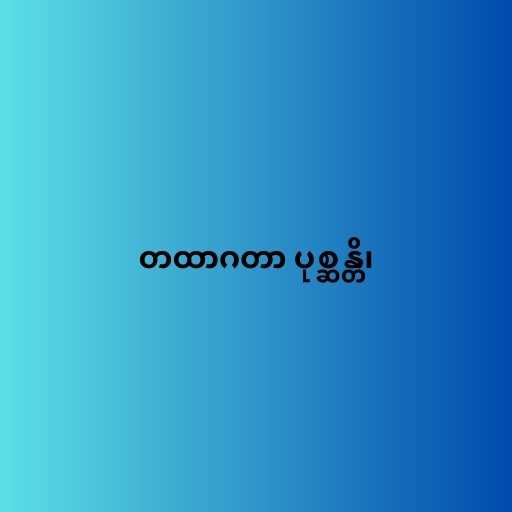
တထာဂတာ ပုစ္ဆန္တိ၊